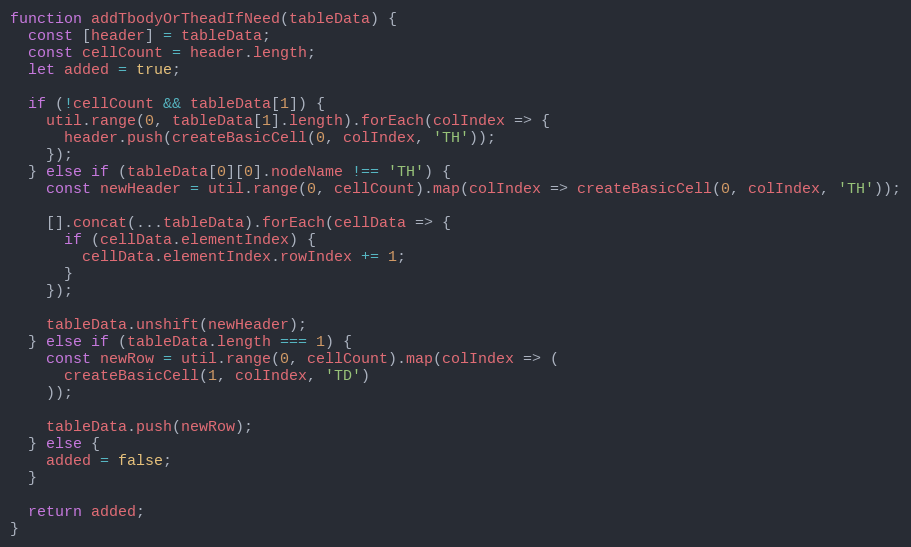
Language: JavaScript
function addTbodyOrTheadIfNeed(tableData) {
  const [header] = tableData;
  const cellCount = header.length;
  let added = true;

  if (!cellCount && tableData[1]) {
    util.range(0, tableData[1].length).forEach(colIndex => {
      header.push(createBasicCell(0, colIndex, 'TH'));
    });
  } else if (tableData[0][0].nodeName !== 'TH') {
    const newHeader = util.range(0, cellCount).map(colIndex => createBasicCell(0, colIndex, 'TH'));

    [].concat(...tableData).forEach(cellData => {
      if (cellData.elementIndex) {
        cellData.elementIndex.rowIndex += 1;
      }
    });

    tableData.unshift(newHeader);
  } else if (tableData.length === 1) {
    const newRow = util.range(0, cellCount).map(colIndex => (
      createBasicCell(1, colIndex, 'TD')
    ));

    tableData.push(newRow);
  } else {
    added = false;
  }

  return added;
}